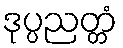
ဒုပ္ပညတ္တံ